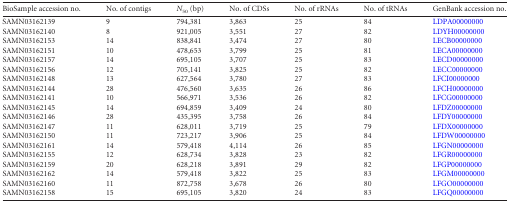
<table><thead><tr><td><b>BioSample accession no.</b></td><td><b>No. of contigs</b></td><td><b><i>N</i><sub>50</sub> (bp)</b></td><td><b>No. of CDSs</b></td><td><b>No. of rRNAs</b></td><td><b>No. of tRNAs</b></td><td><b>GenBank accession no.</b></td></tr></thead><tbody><tr><td>SAMN03162139</td><td>9</td><td>794,381</td><td>3,863</td><td>25</td><td>84</td><td>LDPA00000000</td></tr><tr><td>SAMN03162140</td><td>8</td><td>921,005</td><td>3,551</td><td>27</td><td>82</td><td>LDYH00000000</td></tr><tr><td>SAMN03162153</td><td>14</td><td>838,841</td><td>3,474</td><td>27</td><td>80</td><td>LECB00000000</td></tr><tr><td>SAMN03162151</td><td>10</td><td>478,653</td><td>3,799</td><td>25</td><td>81</td><td>LECA00000000</td></tr><tr><td>SAMN03162157</td><td>14</td><td>695,105</td><td>3,707</td><td>25</td><td>83</td><td>LECD00000000</td></tr><tr><td>SAMN03162156</td><td>12</td><td>705,141</td><td>3,825</td><td>25</td><td>82</td><td>LECC00000000</td></tr><tr><td>SAMN03162148</td><td>13</td><td>627,564</td><td>3,780</td><td>27</td><td>83</td><td>LFCI00000000</td></tr><tr><td>SAMN03162144</td><td>28</td><td>476,560</td><td>3,635</td><td>26</td><td>86</td><td>LFCH00000000</td></tr><tr><td>SAMN03162141</td><td>10</td><td>566,971</td><td>3,536</td><td>26</td><td>82</td><td>LFCG00000000</td></tr><tr><td>SAMN03162145</td><td>14</td><td>694,859</td><td>3,409</td><td>24</td><td>80</td><td>LFDZ00000000</td></tr><tr><td>SAMN03162146</td><td>28</td><td>435,395</td><td>3,758</td><td>26</td><td>84</td><td>LFDY00000000</td></tr><tr><td>SAMN03162147</td><td>11</td><td>628,011</td><td>3,719</td><td>25</td><td>79</td><td>LFDX00000000</td></tr><tr><td>SAMN03162150</td><td>11</td><td>723,217</td><td>3,906</td><td>25</td><td>84</td><td>LFDW00000000</td></tr><tr><td>SAMN03162161</td><td>14</td><td>579,418</td><td>4,114</td><td>26</td><td>85</td><td>LFGN00000000</td></tr><tr><td>SAMN03162155</td><td>12</td><td>628,734</td><td>3,828</td><td>23</td><td>82</td><td>LFGR00000000</td></tr><tr><td>SAMN03162159</td><td>20</td><td>628,218</td><td>3,891</td><td>29</td><td>82</td><td>LFGP00000000</td></tr><tr><td>SAMN03162162</td><td>14</td><td>579,418</td><td>3,822</td><td>25</td><td>83</td><td>LFGM00000000</td></tr><tr><td>SAMN03162160</td><td>11</td><td>872,758</td><td>3,678</td><td>26</td><td>80</td><td>LFGO00000000</td></tr><tr><td>SAMN03162158</td><td>15</td><td>695,105</td><td>3,820</td><td>24</td><td>83</td><td>LFGQ00000000</td></tr></tbody></table>